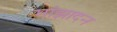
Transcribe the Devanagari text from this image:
मांझादन